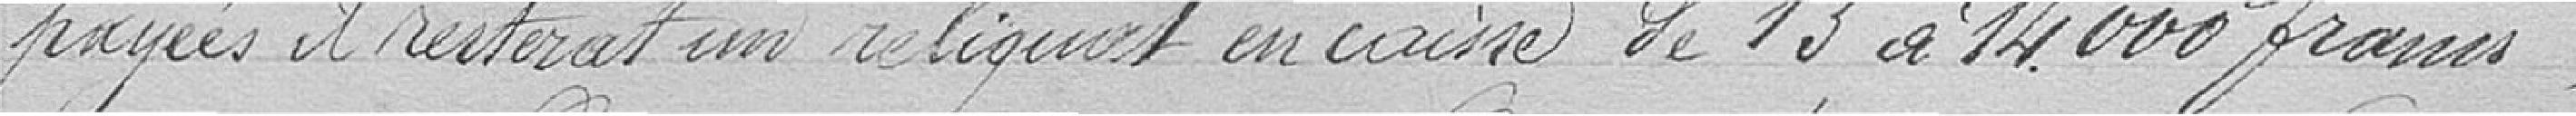
payées il resterat un reliquat en caisse de 13 à 14 ovo francs,